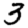
Digit: 3